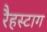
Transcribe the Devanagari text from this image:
रैहस्टाग